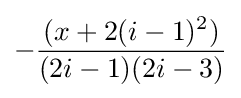
-{\frac {(x+2(i-1)^{2})}{(2i-1)(2i-3)}}